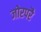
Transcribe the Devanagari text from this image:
जोरपरै